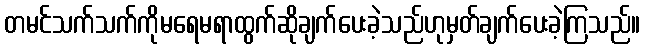
တမင်သက်သက်ကိုမရေမရာထွက်ဆိုချက်ပေးခဲ့သည်ဟုမှတ်ချက်ပေးခဲ့ကြသည်။